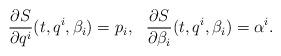
LaTeX: \begin{align*}\begin{array}{cc}\displaystyle\frac{\partial S}{\partial q^i}(t,q^i,\beta_i)=p_i, &\displaystyle\frac{\partial S}{\partial \beta_i}(t,q^i,\beta_i)=\alpha^i.\end{array}\end{align*}